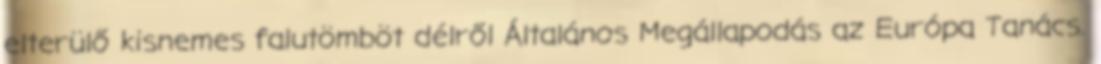
elterülő kisnemes falutömböt délről Általános Megállapodás az Európa Tanács.